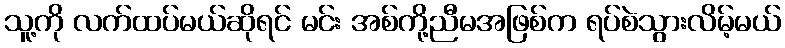
သူ့ကို လက်ထပ်မယ်ဆိုရင် မင်း အစ်ကို့ညီမအဖြစ်က ရပ်စဲသွားလိမ့်မယ်